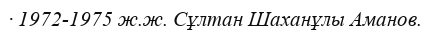
· 1972-1975 ж.ж. Сұлтан Шаханұлы Аманов.